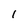
Character: I